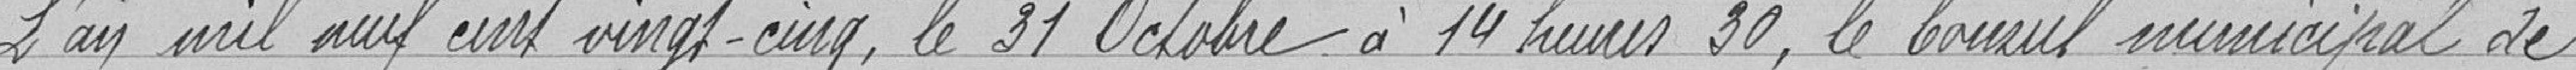
L'an mil neuf cent vingt-cinq, le 31 octobre à 14 heures 30, le Conseil municipal de